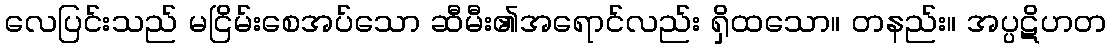
လေပြင်းသည် မငြိမ်းစေအပ်သော ဆီမီး၏အရောင်လည်း ရှိထသော။ တနည်း။ အပ္ပဋိဟတ